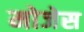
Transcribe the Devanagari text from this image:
मोजेस